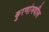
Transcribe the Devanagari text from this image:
कुरणांमधील